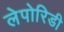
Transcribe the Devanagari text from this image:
लेपोरिडी